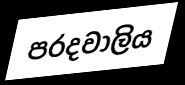
පරදවාලිය